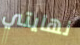
نهايتي